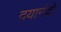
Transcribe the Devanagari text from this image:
दयानंदो